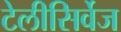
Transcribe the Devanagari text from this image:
टेलीसिर्वेज